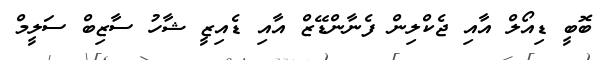
ބޮބީ ޑިއޯލް އާއި ޖެކްލިން ފެނާންޑޭޒް އާއި ޑެއިޒީ ޝާހު ސާޒިބް ސަލީމް